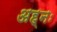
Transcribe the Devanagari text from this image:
अह्नः